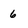
Character: 6